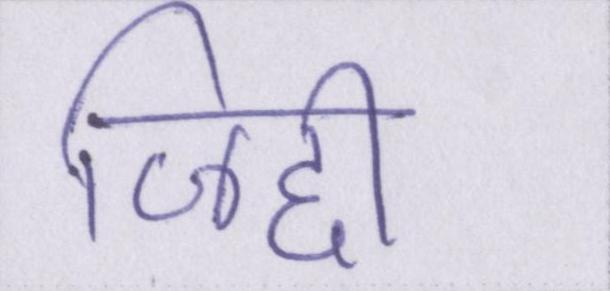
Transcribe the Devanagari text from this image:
जिद्दी